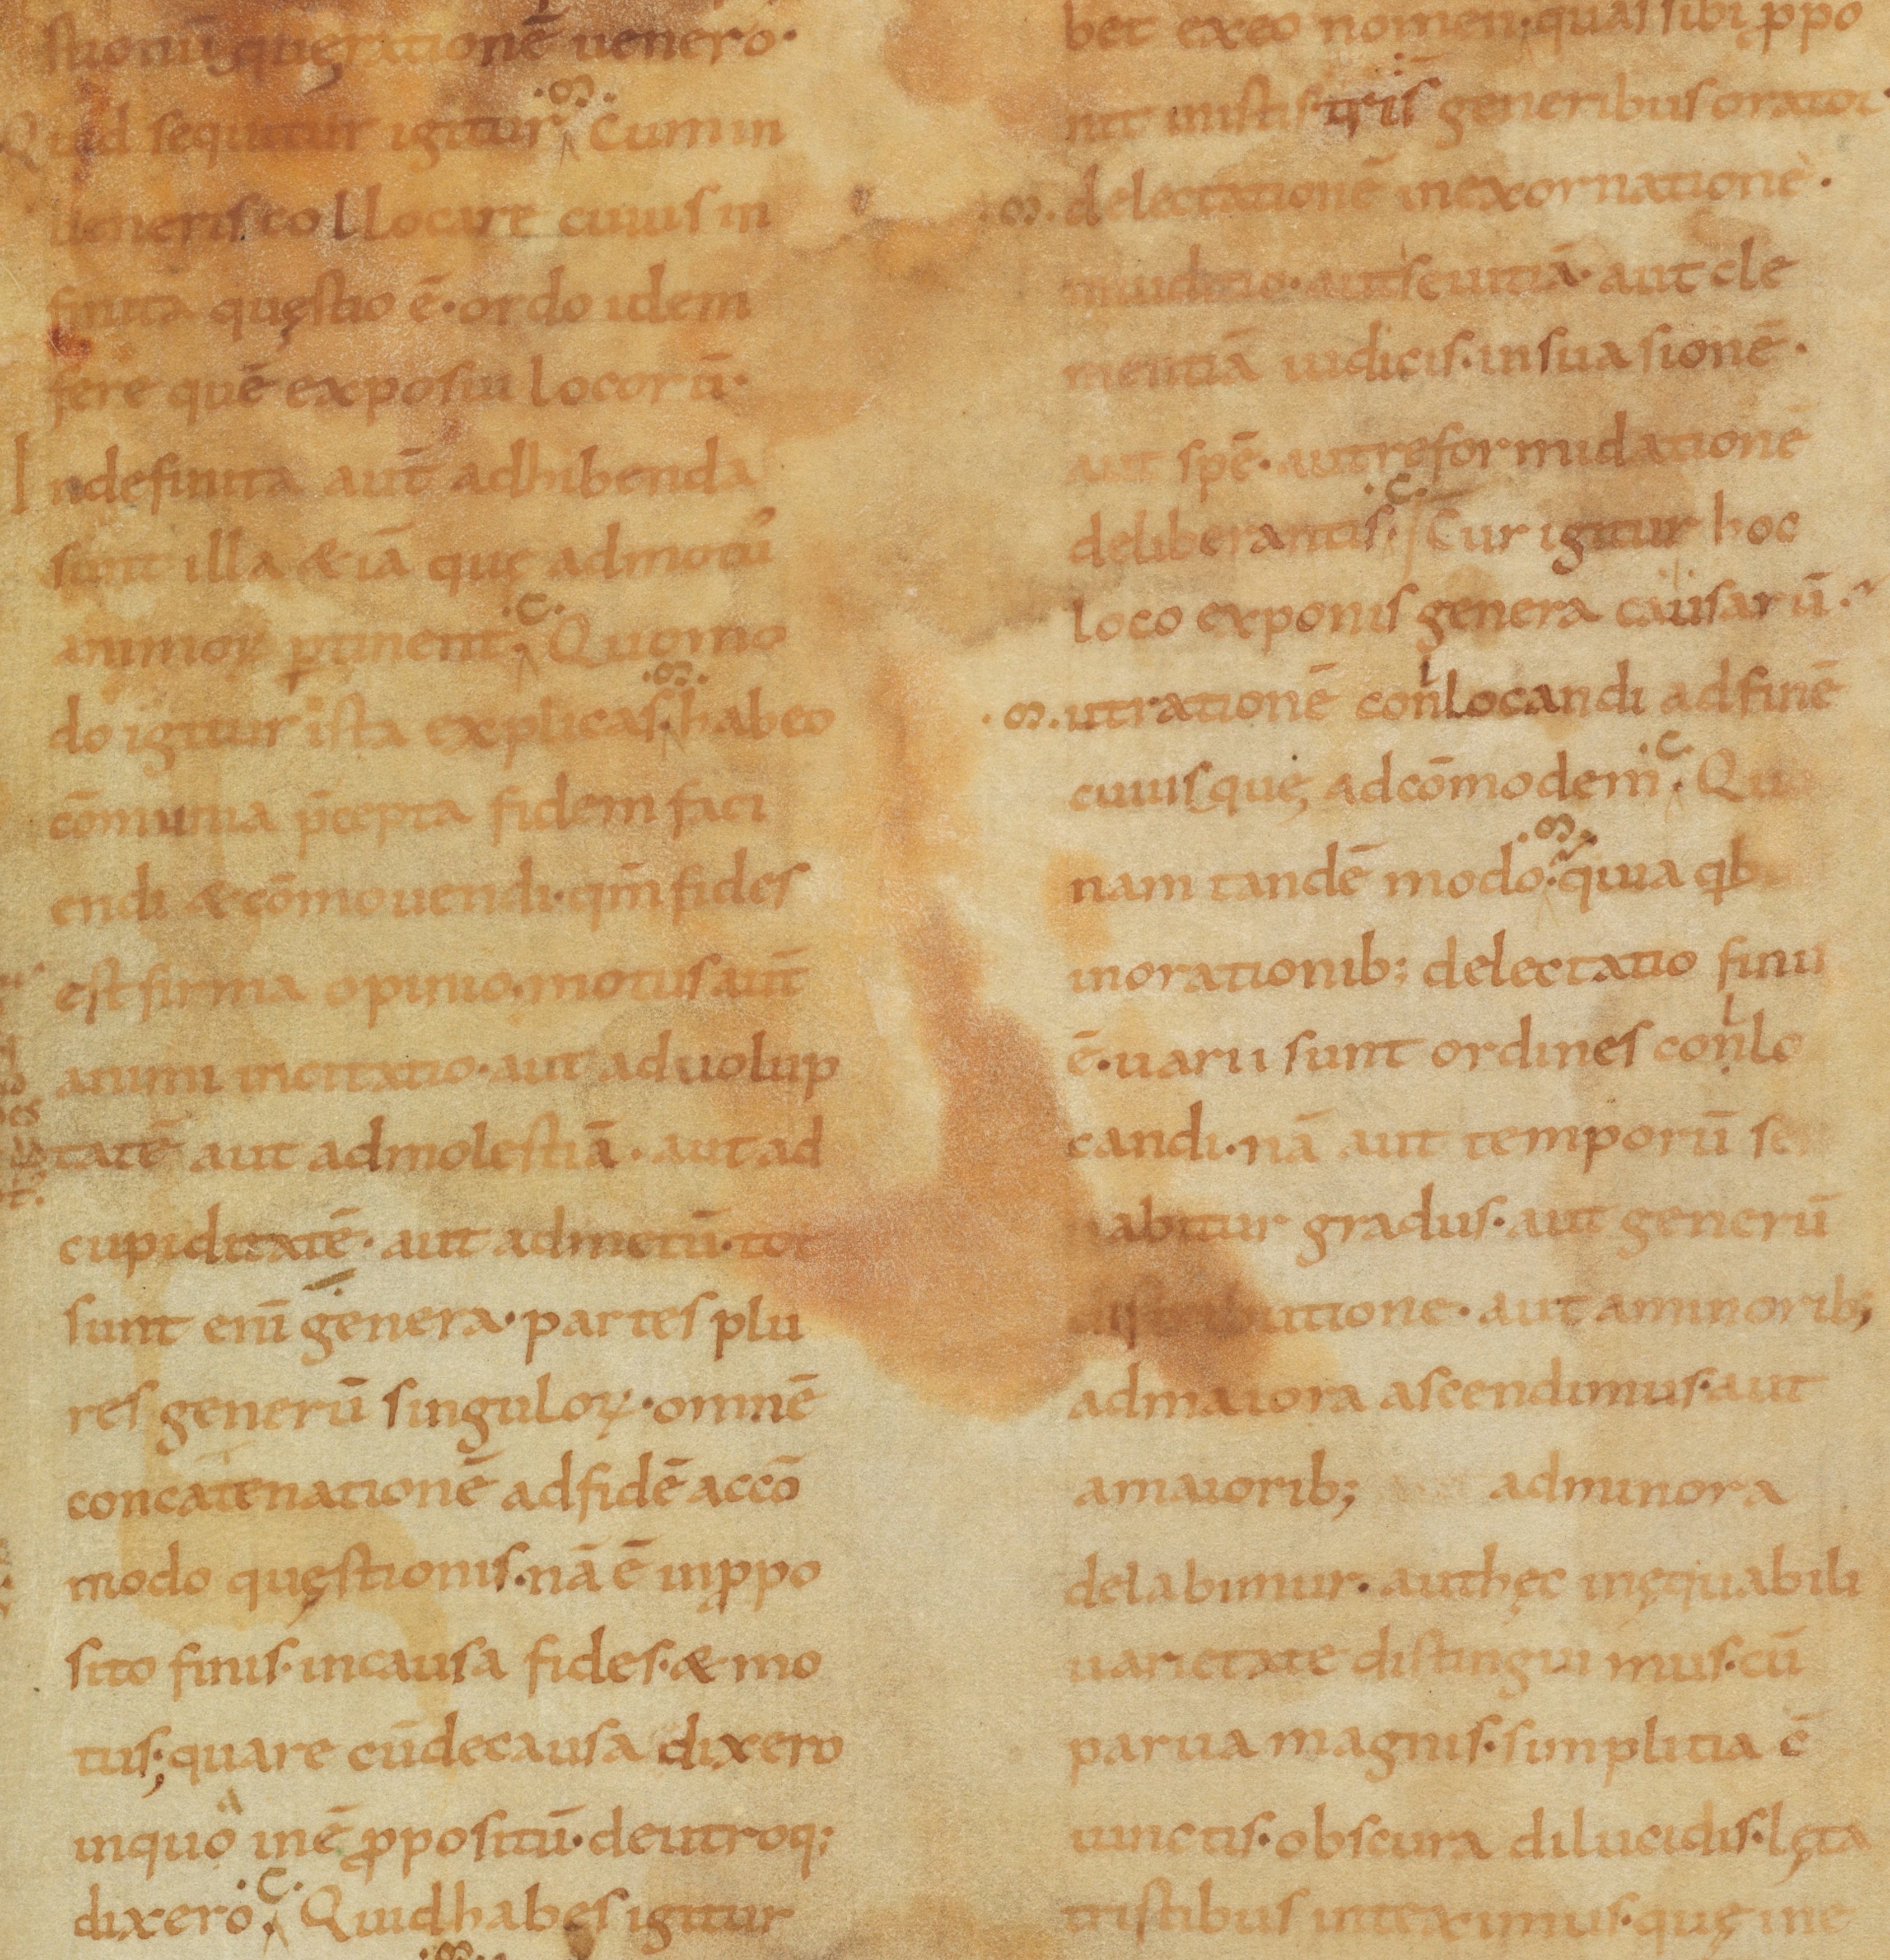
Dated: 900–999